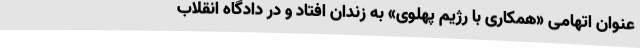
عنوان‌ اتهامی «همکاری با رژیم پهلوی» به زندان افتاد و در دادگاه انقلاب